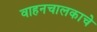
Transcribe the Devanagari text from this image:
वाहनचालकाचे